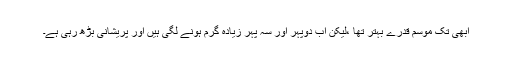
ابھی تک موسم قدرے بہتر تھا ،لیکن اب دوپہر اور سہ پہر زیادہ گرم ہونے لگی ہیں اور پریشانی بڑھ رہی ہے۔